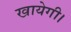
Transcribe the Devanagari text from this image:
खायेगी।